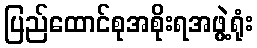
ပြည်ထောင်စုအစိုးရအဖွဲ့ရုံး